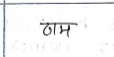
मजकूर: ठाम